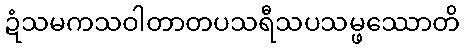
ဍံသမကသဝါတာတပသရီသပသမ္ဖဿောတိ